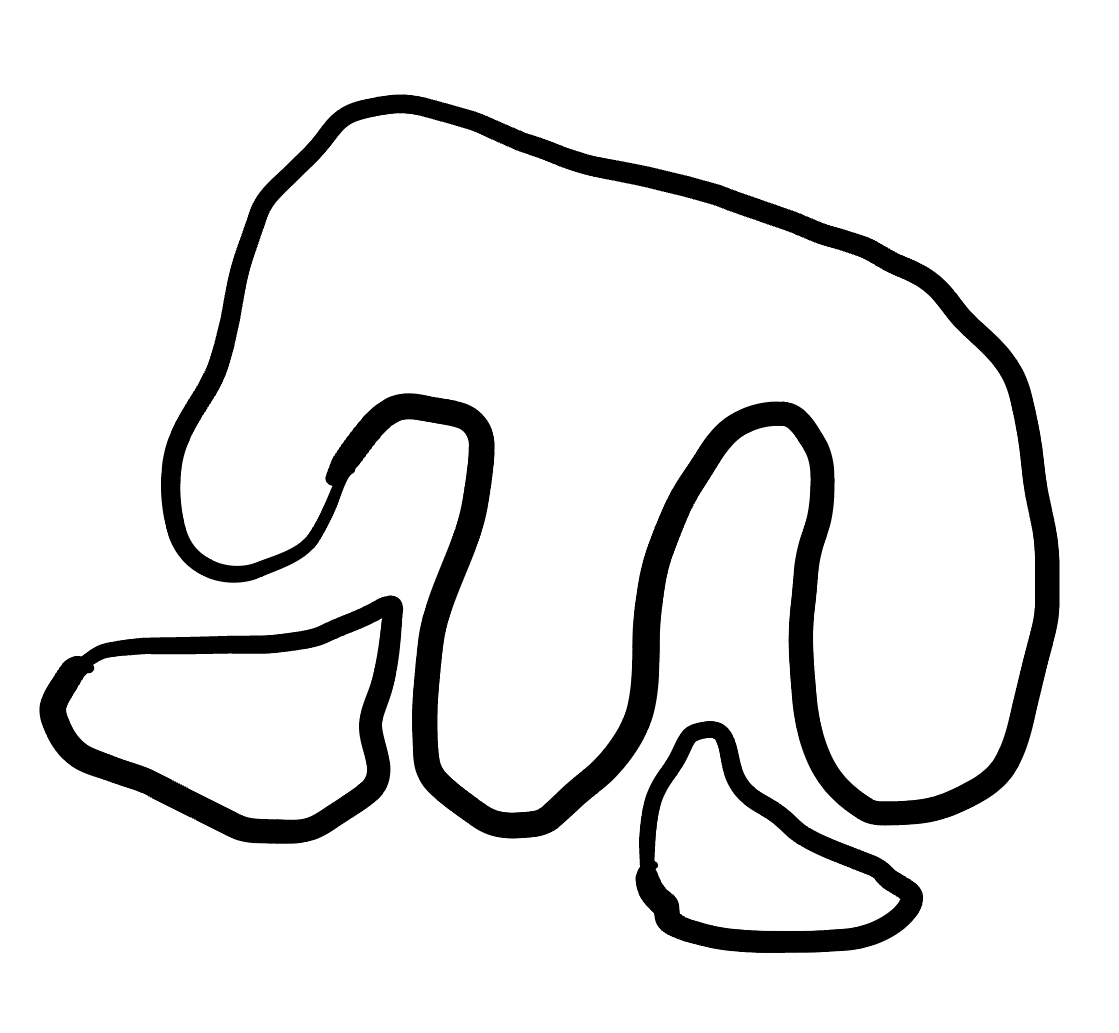
Number of regions (including the outer root region): 4
Containment tree edges (parent, child): 0, 1, 0, 2, 0, 3